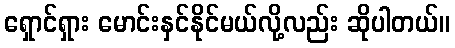
ရှောင်ရှား မောင်းနှင်နိုင်မယ်လို့လည်း ဆိုပါတယ်။